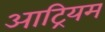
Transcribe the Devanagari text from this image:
आट्रियम